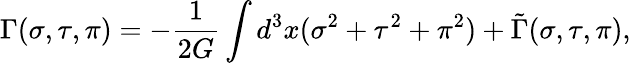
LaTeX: \Gamma(\sigma,\tau,\pi)=-\frac{1}{2G}\int d^{3}x(\sigma^{2}+\tau^{2}+\pi^{2})+\tilde{\Gamma}(\sigma,\tau,\pi),